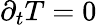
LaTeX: \partial_{t}T=0